Medical and sanitary report on the native army of Bombay for the year
Year: 1877
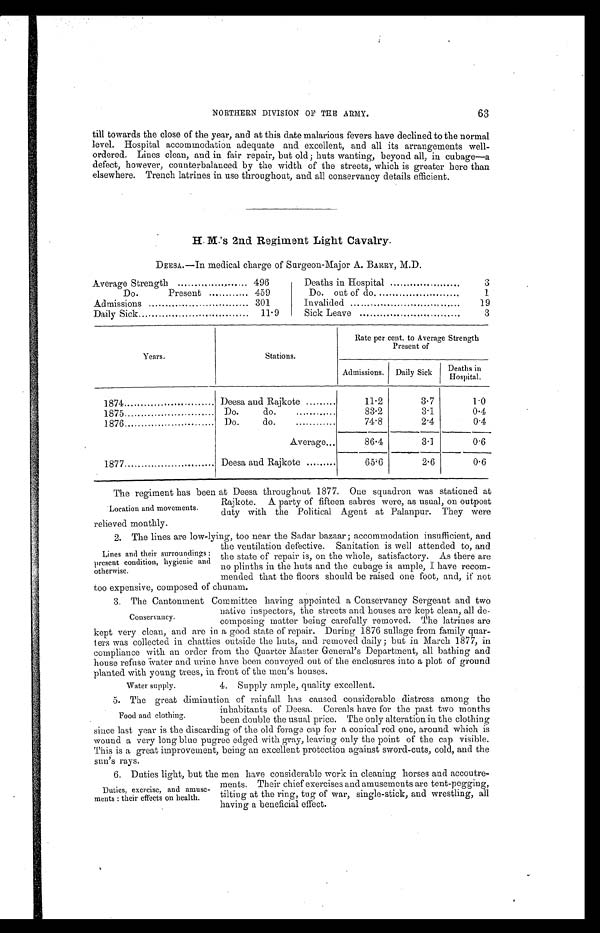
NORTHERN DIVISION OF THE ARMY.
63
till towards the close of the year, and at this date malarious fevers have declined to the normal
level. Hospital accommodation adequate and excellent, and all its arrangements well-
ordered. Lines clean, and in fair repair, but old; huts wanting, beyond all, in cubage—a
defect, however, counterbalanced by the width of the streets, which is greater here than
elsewhere. Trench latrines in use throughout, and all conservancy details efficient.
H. M.'s 2nd Regiment Light Cavalry.
DEESA.—In medical charge of Surgeon-Major A. BARRY, M.D.
Average Strength
.
496
Deaths in Hospital
3
Do.
Present
459
Do. out of do.
1
Admissions
301
Invalided
19
Daily Sick
11.9
Sick Leave
3
Years.
Stations.
Rate per cent. to Average Strength
Present of
Admissions
Daily Sick
D e a t h s i n
Hospital
1874
Deesa and Rajkote
11.2
3.7
1.0
1875
Do.
do.
83.2
3.1
0.4
1876
Do.
do.
74.8
2.4
0.4
Average...
86.4
3.1
0.6
1877
Deesa and Rajkote
65.6
2.6
0.6
Location and movements.
The regiment has been at Deesa throughout 1877. One squadron was stationed at
Rajkote. A party of fifteen sabres were, as usual, on outpost
duty with the Political Agent at Palanpur. They were
relieved monthly.
Lines and their surroundings :
present condition, hygienic and
otherwise.
2. The lines are low-lying, too near the Sadar bazaar ; accommodation insufficient, and
the ventilation defective. Sanitation is well attended to, and
the state of repair is, on the whole, satisfactory. As there are
no plinths in the huts and the cubage is ample, I have recom-
mended that the floors should be raised one foot, and, if not
too expensive, composed of chunam.
Conservancy.
3. The Cantonment Committee having appointed a Conservancy Sergeant and two
native inspectors, the streets and houses are kept clean, all de-
composing matter being carefully removed. The latrines are
kept very clean, and are in a good state of repair. During 1876 sullage from family quar-
ters was collected in chatties outside the huts, and removed daily; but in March 1877, in
compliance with an order from the Quarter Master General's Department, all bathing and
house refuse water and urine have been conveyed out of the enclosures into a plot of ground
Planted with young trees, in front of the men's houses.
Water supply.
4. Supply ample, quality excellent.
Food and clothing.
5. The great diminution of rainfall has caused considerable distress among the
inhabitants of Deesa. Cereals have for the past two months
been double the usual price. The only alteration in the clothing
since last year is the discarding of the old forage cap for a conical red one, around which is
wound a very long blue pugree edged with gray, leaving only the point of the cap visible.
This is a great improvement, being an excellent protection against sword-cuts, cold, and the
sun's rays.
Duties, exercise, and amuse-
ments : their effects on health.
6. Duties light, but the men have considerable work in cleaning horses and accoutre
-ments. Their chief exercises and amusements are tent-pegging,
tilting at the ring, tug of war, single-stick, and wrestling, all
having a beneficial effect.